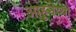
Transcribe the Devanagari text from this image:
आहुनेय्यो